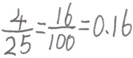
\frac { 4 } { 2 5 } = \frac { 1 6 } { 1 0 0 } = 0 . 1 6